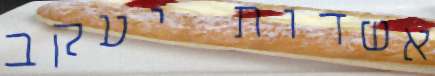
אשדות יעקב